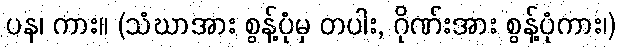
ပန၊ ကား။ (သံဃာအား စွန့်ပုံမှ တပါး, ဂိုဏ်းအား စွန့်ပုံကား၊)